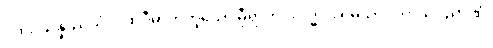
ပထဝိသန္နိဿယံ၊ ပထဝီဓာတ်ဟူသော မှီရာကို။ လဒ္ဓါဝ၊ ရမှသာ။ ကာယဝိညာဏံ၊